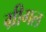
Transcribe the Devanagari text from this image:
म्रीगल